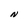
Character: N